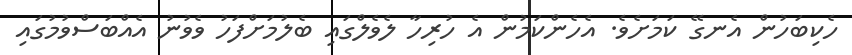
ހެކިބަހުން އެނގޭ ކަމަށެވެ. އެހެންކަމުން އެ ހުރިހާ ލެވެލްގައި ބެލުމަށްފަހު ވެވުނު އެއްބަސްވުމުގައި